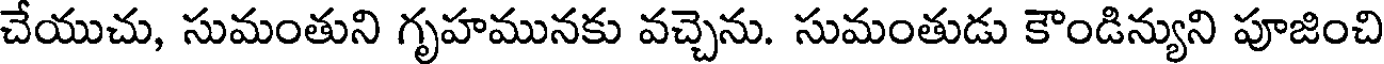
చేయుచు, సుమంతుని గృహమునకు వచ్చెను. సుమంతుడు కౌండిన్యుని పూజించి